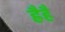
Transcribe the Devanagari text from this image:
ह्रैहैं